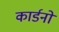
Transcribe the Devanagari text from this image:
कार्डनो